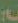
: